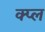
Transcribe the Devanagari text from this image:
क्प्ल